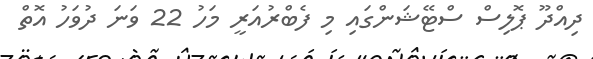
ދިއްދޫ ޕޮލިސް ސްޓޭޝަންގައި މި ފެބްރުއަރީ މަހު 22 ވަނަ ދުވަހު އޮތް